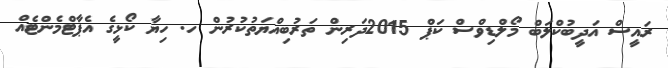
ރައީސް އަދީބުކްލަބް މޯލްޑިވްސް ކަޕް 2015ދަރިން ތަރުބިއްޔަތުކުރުން ހ. ހިޔާ ކޯޅީގެ އެޕާޓްމެންޓެއް